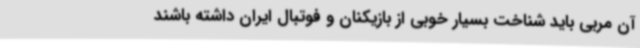
آن مربی باید شناخت بسیار خوبی از بازیکنان و فوتبال ایران داشته باشند